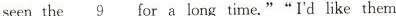
seen the _9for a long time.""I'd like them